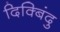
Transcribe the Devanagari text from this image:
दिक्बिंदु